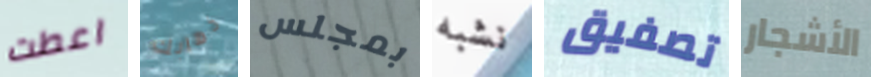
اعطت ذهابك بمجلس نشبه تصفيق الأشجار